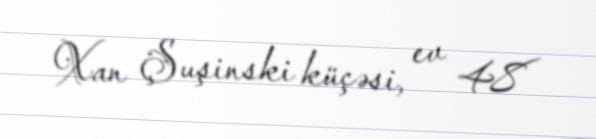
Xan Şuşinski küçəsi, ev 48